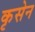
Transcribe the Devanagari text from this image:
कृसेन